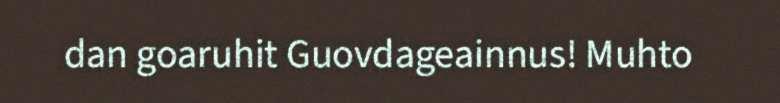
dan goaruhit Guovdageainnus! Muhto